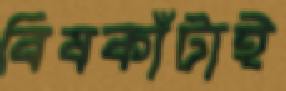
বিষকাঁটাই